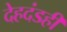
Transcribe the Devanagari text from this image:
देहदंडही